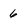
Character: 6